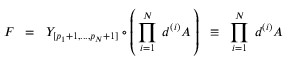
F \; \; = \; \; { \cal { Y } } _ { [ p _ { 1 } + 1 , . . . , p _ { N } + 1 ] } \circ \left( \, \prod _ { i = 1 } ^ { N } \; d ^ { ( i ) } A \, \right) \; \; \equiv \; \; \prod _ { i = 1 } ^ { N } \; d ^ { ( i ) } A